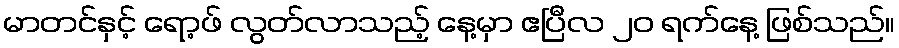
မာတင်နှင့် ရော့ဖ် လွတ်လာသည့် နေ့မှာ ဧပြီလ ၂၀ ရက်နေ့ ဖြစ်သည်။